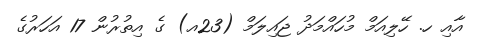
އާއި ހ. ހޭލިއަމް މުހައްމަދު ޖައިލަމް (23އ) ގެ އިތުރުން 17 އަހަރުގެ